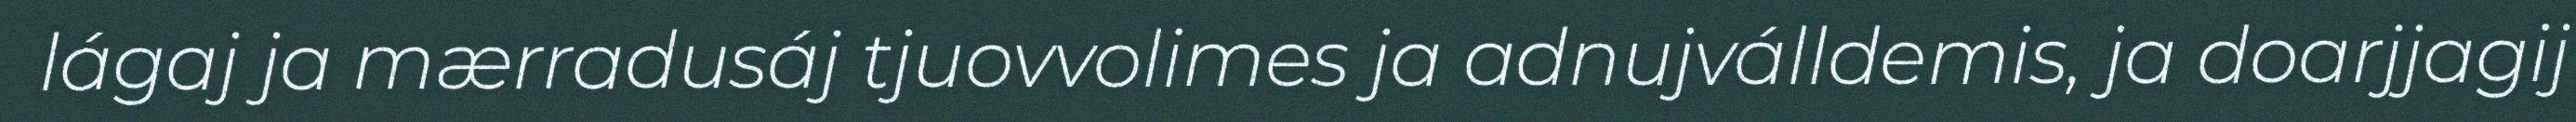
lágaj ja mærradusáj tjuovvolimes ja adnujválldemis, ja doarjjagij